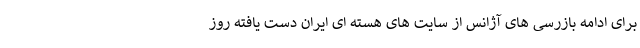
برای ادامه بازرسی های آژانس از سایت های هسته ای ایران دست یافته روز